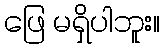
ဖြေ မရှိပါဘူး။